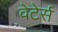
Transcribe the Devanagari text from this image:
वेटेर्स